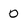
Character: 0